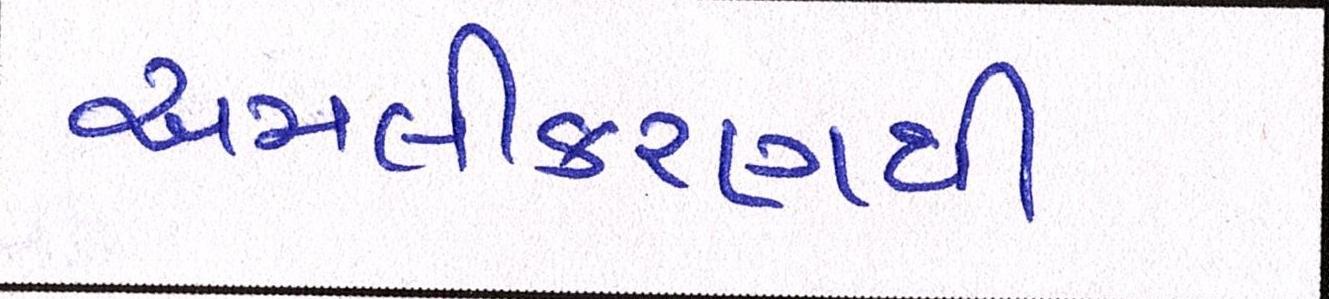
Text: અમલીકરણથી